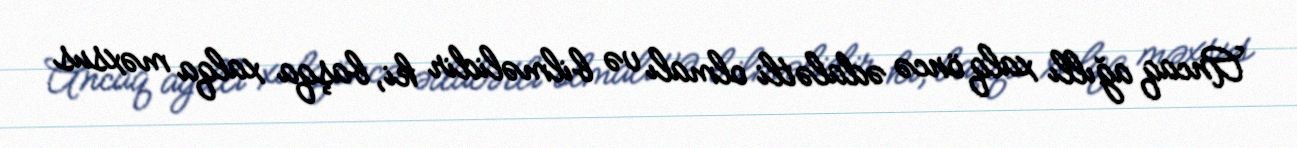
Ancaq ağıllı xalq öncə ədalətli olmalı və bilməlidir ki, başqa xalqa məxsus